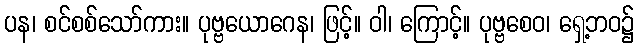
ပန၊ စင်စစ်သော်ကား။ ပုဗ္ဗယောဂေန၊ ဖြင့်။ ဝါ၊ ကြောင့်။ ပုဗ္ဗစေဝ၊ ရှေ့ဘဝ၌